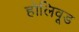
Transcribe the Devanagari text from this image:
होलिवूड